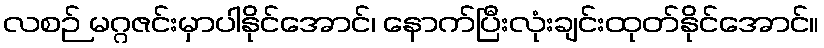
လစဉ် မဂ္ဂဇင်းမှာပါနိုင်အောင်၊ နောက်ပြီးလုံးချင်းထုတ်နိုင်အောင်။